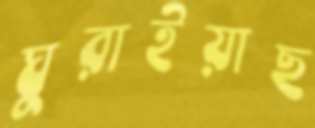
ঘুরাইয়াছ